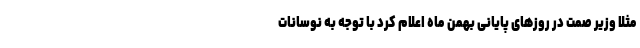
مثلا وزیر صمت در روزهای پایانی بهمن ماه اعلام کرد با توجه به نوسانات